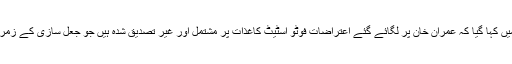
تحریری جواب میں کہا گیا کہ عمران خان پر لگائے گئے اعتراضات فوٹو اسٹیٹ کاغذات پر مشتمل اور غیر تصدیق شدہ ہیں جو جعل سازی کے زمرے میں آتے ہیں۔